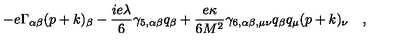
- e \Gamma _ { \alpha \beta } ( p + k ) _ { \beta } - { \frac { i e \lambda } { 6 } } \gamma _ { 5 , \alpha \beta } q _ { \beta } + { \frac { e \kappa } { 6 M ^ { 2 } } } \gamma _ { 6 , \alpha \beta , \mu \nu } q _ { \beta } q _ { \mu } ( p + k ) _ { \nu } \quad ,